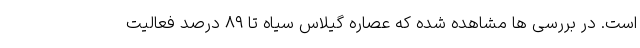
است. در بررسی ها مشاهده شده که عصاره گیلاس سیاه تا ۸۹ درصد فعالیت